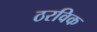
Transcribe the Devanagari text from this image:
ठरविक